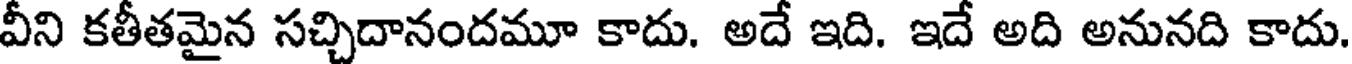
వీని కతీతమైన సచ్చిదానందమూ కాదు. అదే ఇది. ఇదే అది అనునది కాదు